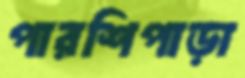
পারশিপাড়া